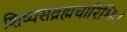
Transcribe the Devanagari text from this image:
शिष्यसव्रह्मचारिभिः।